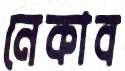
নেকাব